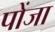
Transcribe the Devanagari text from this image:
पोंजा